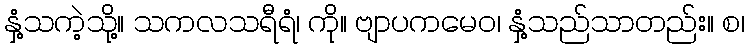
နှံ့သကဲ့သို့။ သကလသရီရံ၊ ကို။ ဗျာပကမေဝ၊ နှံ့သည်သာတည်း။ စ၊